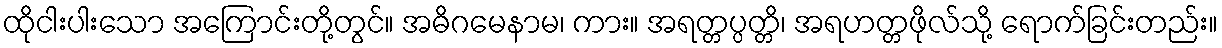
ထိုငါးပါးသော အကြောင်းတို့တွင်။ အဓိဂမေနာမ၊ ကား။ အရတ္တပ္ပတ္တိ၊ အရဟတ္တဖိုလ်သို့ ရောက်ခြင်းတည်း။